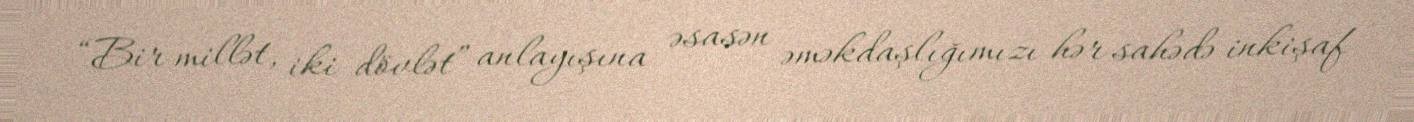
“Bir millət, iki dövlət” anlayışına əsasən əməkdaşlığımızı hər sahədə inkişaf